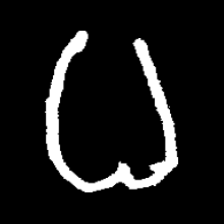
Pyu character \u2014 Myanmar letter: ဓ (romanized: dha)